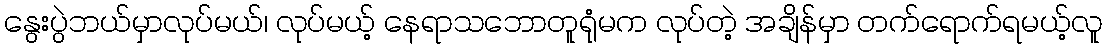
နွေးပွဲဘယ်မှာလုပ်မယ်၊ လုပ်မယ့် နေရာသဘောတူရုံမက လုပ်တဲ့ အချိန်မှာ တက်ရောက်ရမယ့်လူ